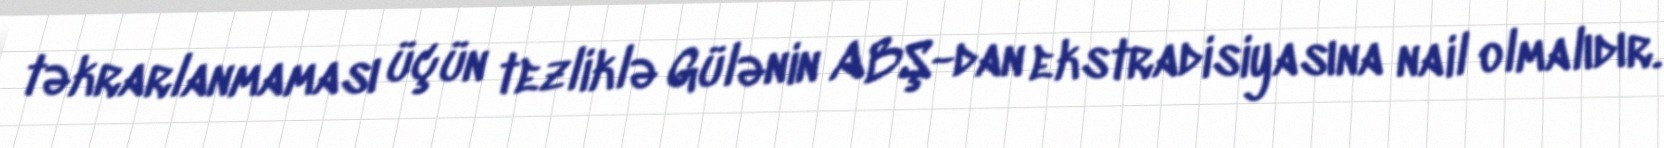
təkrarlanmaması üçün tezliklə Gülənin ABŞ-dan ekstradisiyasına nail olmalıdır.